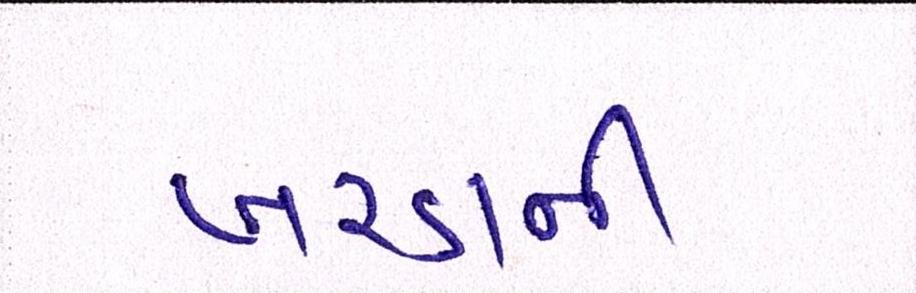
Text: ખરડાની